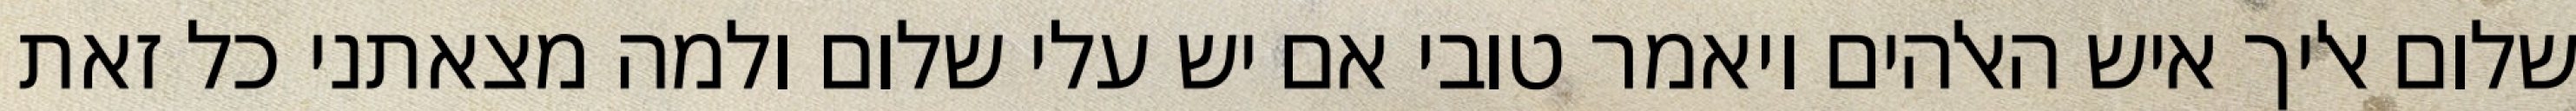
שלום אליך איש האלהים ויאמר טובי אם יש עלי שלום ולמה מצאתני כל זאת